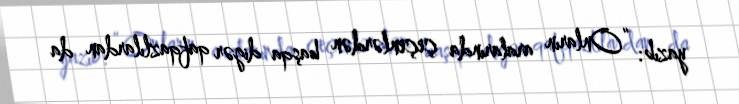
yazıb: “Onların aralarında çeçenlərdən başqa digər qafqazlılardan da